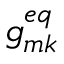
g _ { m k } ^ { e q }